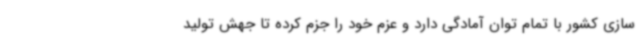
سازی کشور با تمام توان آمادگی دارد و عزم خود را جزم کرده تا جهش تولید